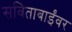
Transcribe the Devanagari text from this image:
सविताबाईंवर